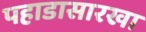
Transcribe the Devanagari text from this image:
पहाडासारखा